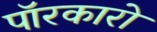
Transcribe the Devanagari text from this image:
पॉरकारो